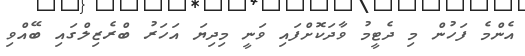
އެންމެ ފަހުން މި ދެޓީމު ވާދަކޮށްފައި ވަނީ މިދިޔަ އަހަރު ބްރެޒިލްގައި ބޭއްވި